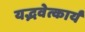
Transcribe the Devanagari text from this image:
यद्भवेत्कार्यं